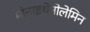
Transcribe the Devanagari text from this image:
मोनाइथेनोलेमिन